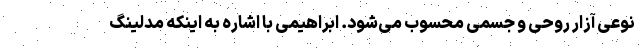
نوعی آزار روحی و جسمی محسوب‌ می‌شود. ابراهیمی با اشاره به اینکه مدلینگ